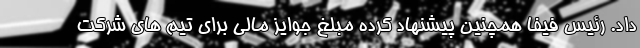
داد. رئیس فیفا همچنین پیشنهاد کرده مبلغ جوایز مالی برای تیم های شرکت